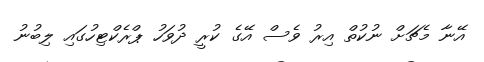
އޭނާ މެޗަށް ނުކުތް އިރު ވެސް އޭގެ ކުރީ ދުވަހު ޕްރެކްޓިހުގައި ލިބުނު